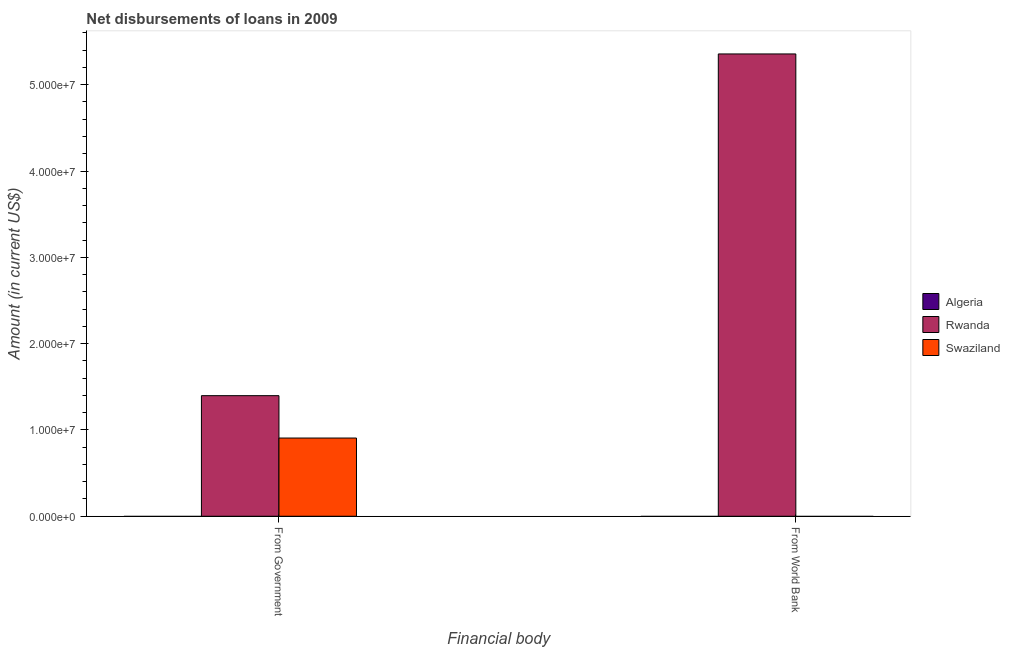
| Financial body | Algeria | Rwanda | Swaziland |
 | --- | --- | --- | --- |
 | From Government | -6.78e+07 | 1.4e+07 | 9.06e+06 |
 | From World Bank | -1.29e+06 | 5.36e+07 | -8.84e+05 |